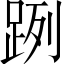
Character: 𨀺